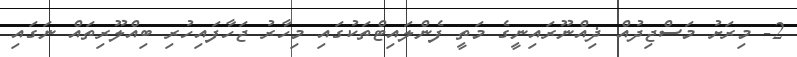
2- މިރަށު މަސްޖިދުއް ޛިއްނޫރައިނީގެ މަތީ ފެންލައިޓްތަކުގައި މިހާރު ޖަހާފައިހުރި ބިއްލޫރިތައް ނަގައި